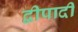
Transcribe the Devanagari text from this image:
द्वीपादी